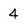
Character: 4